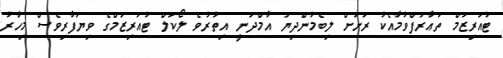
ޓުއަރިޒަމް ތަޢާރަފްވުމާއެކު ރަށަށް ލިބެމުންދިޔަ އާމްދަނީ އިތުރުވެ ލޯކަލް ޓުއަރިޒަމްގެ ވިޔަފާރިވެސް މިހާރު